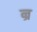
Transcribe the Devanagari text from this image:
न्र